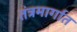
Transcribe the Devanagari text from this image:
तंत्रमार्गात